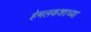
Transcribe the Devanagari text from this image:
हेमलकशाच्या